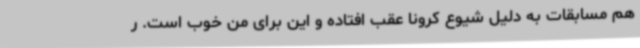
هم مسابقات به دلیل شیوع کرونا عقب افتاده و این برای من خوب است. ر